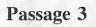
Passage 3